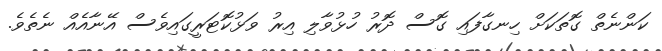
ކަންނެތް ގޮތަކަށް ހިނގާފައި ގޮސް ދޮރު ހުޅުވާލި އިރު ވަޅުކޮޓަރީގައިވެސް އޭނާއެއް ނެތެވެ.